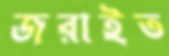
জরাইত